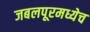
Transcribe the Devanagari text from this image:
जबलपूरमध्येच